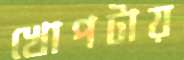
খোপটায়